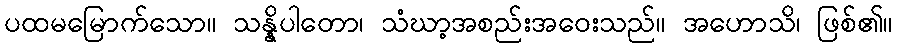
ပထမမြောက်သော။ သန္နိပါတော၊ သံဃာ့အစည်းအဝေးသည်။ အဟောသိ၊ ဖြစ်၏။